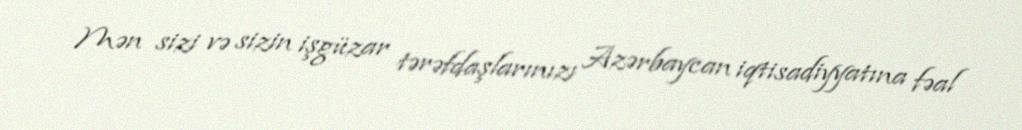
Mən sizi və sizin işgüzar tərəfdaşlarınızı Azərbaycan iqtisadiyyatına fəal